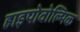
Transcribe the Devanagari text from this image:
हाइपोवोल्मिक